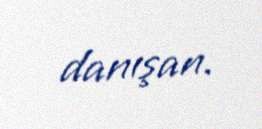
danışan.